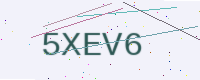
Text: 5XEV6